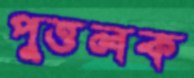
পুত্তলক